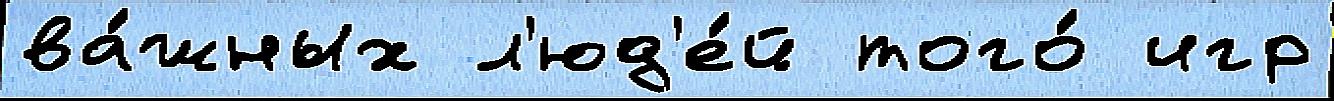
ва́жных л'юд'е́й того́ игр